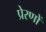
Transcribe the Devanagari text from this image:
प्रेरणों